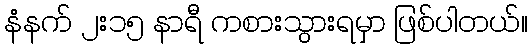
နံနက် ၂း၁၅ နာရီ ကစားသွားရမှာ ဖြစ်ပါတယ်။